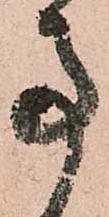
事